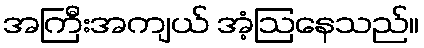
အကြီးအကျယ် အံ့ဩနေသည်။